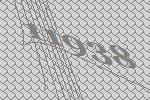
11938